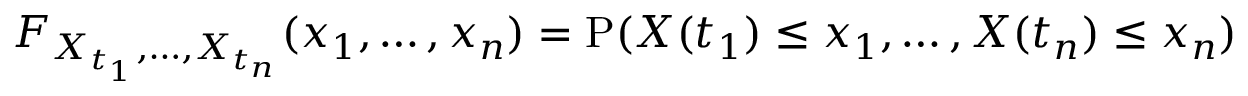
F _ { X _ { t _ { 1 } } , \ldots , X _ { t _ { n } } } ( x _ { 1 } , \ldots , x _ { n } ) = \mathrm { P } ( X ( t _ { 1 } ) \leq x _ { 1 } , \ldots , X ( t _ { n } ) \leq x _ { n } )